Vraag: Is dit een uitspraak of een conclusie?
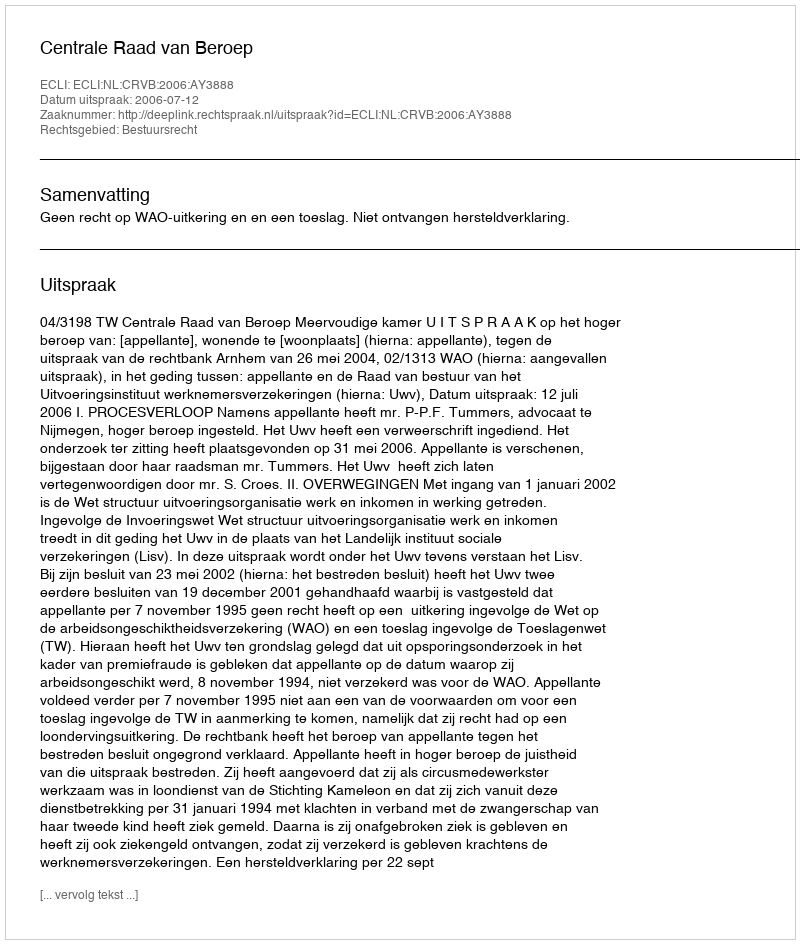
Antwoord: Uitspraak